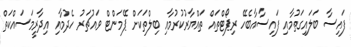
ފައިސާ ބަލައިގަތުމާއި ފައިސާއާބެހޭ ރިޕޯޓްތައް ތައްޔާރުކުރުމާއި ބިލްތަކަށް ޕޭމަންޓް ވައުޗަރު ހެދުމާއި އިދާރީމަސައްކަތް